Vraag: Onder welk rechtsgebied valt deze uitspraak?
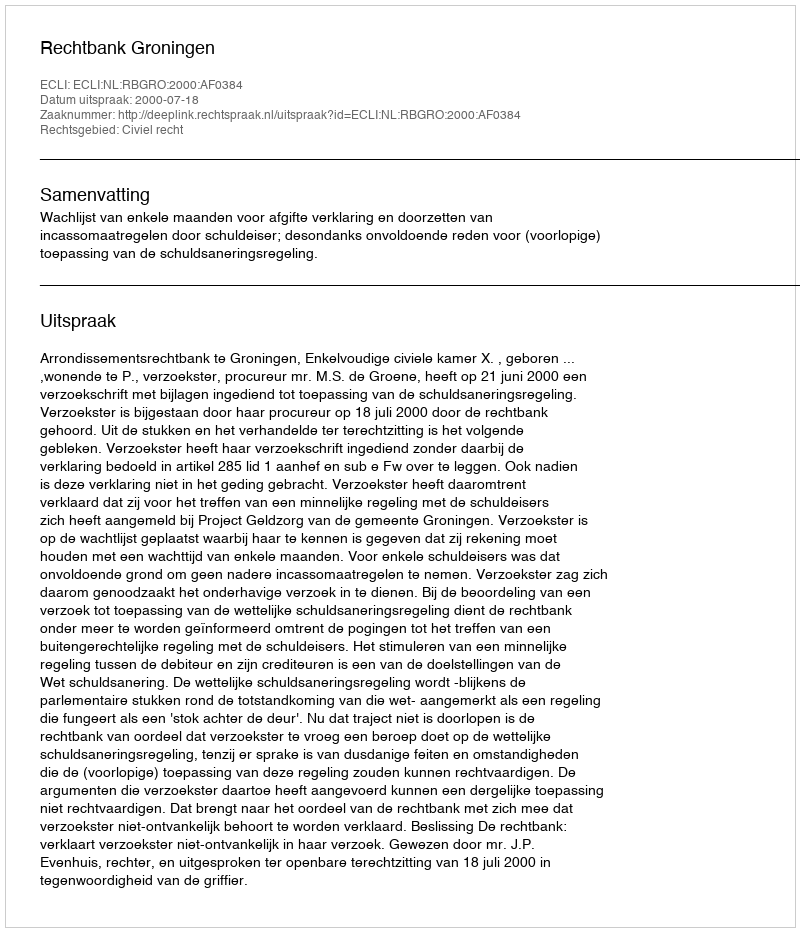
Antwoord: Civiel recht